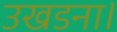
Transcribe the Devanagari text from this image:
उखडना।